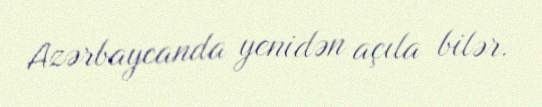
Azərbaycanda yenidən açıla bilər.